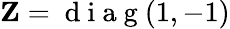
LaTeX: \mathbf{Z}=\mathrm{~d~i~a~g~}(1,-1)